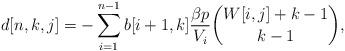
LaTeX: \begin{align*} d[n,k,j] = -\sum_{\substack{i=1}}^{n-1} b[i+1,k] \dfrac{\beta p}{V_i} \binom{W[i,j]+k-1}{k-1},\end{align*}